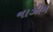
નાઝીમ